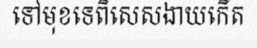
ទៅមុខទេពិសេសងាយកើត